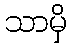
သာမှိ